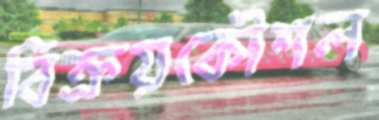
বিক্রয়কৌশল